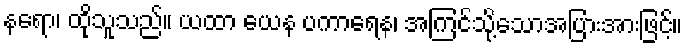
နရော၊ ထိုသူသည်။ ယထာ ယေန ပကာရေန၊ အကြင်သို့သောအပြားအားဖြင့်။